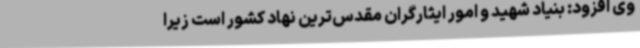
وی افزود: بنیاد شهید و امور ایثارگران مقدس‌ترین نهاد کشور است زیرا